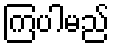
ကြပါမည်